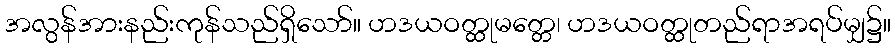
အလွန်အားနည်းကုန်သည်ရှိသော်။ ဟဒယဝတ္ထုမတ္တေ၊ ဟဒယဝတ္ထုတည်ရာအရပ်မျှ၌။